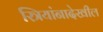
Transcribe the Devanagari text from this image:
स्त्रियांनादेखील